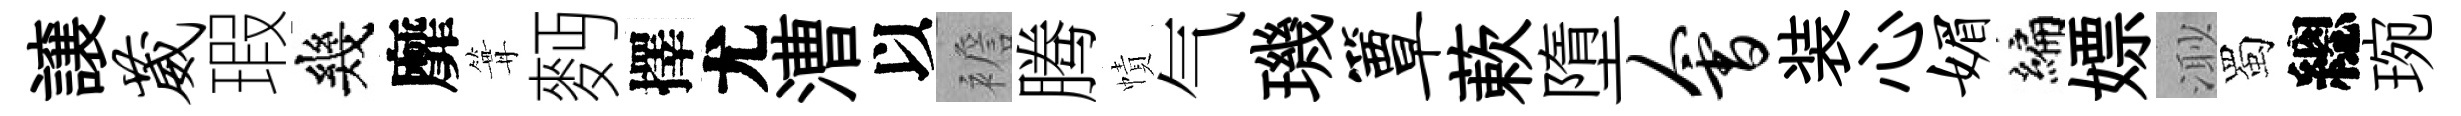
譲葳瑕幾靡篝麪擇尤漕以襜腾幘气璣簟蔌墮会装心媚编嫖𣺌蜀總琬